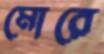
মোরে